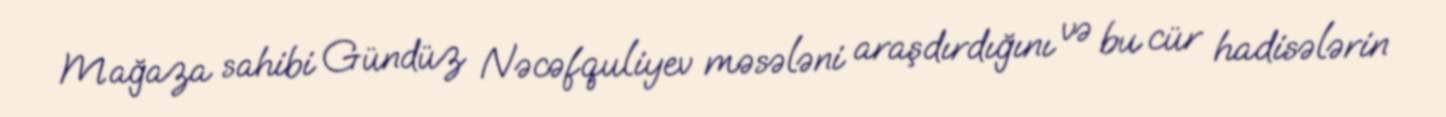
Mağaza sahibi Gündüz Nəcəfquliyev məsələni araşdırdığını və bu cür hadisələrin